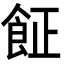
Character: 𩚫